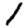
Digit: 1